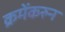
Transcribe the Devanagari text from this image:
क्रमेंकरुन